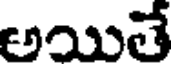
అయితే